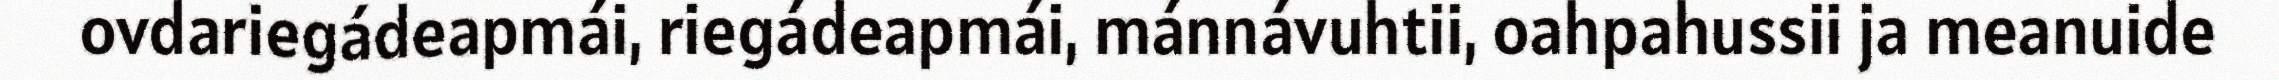
ovdariegádeapmái, riegádeapmái, mánnávuhtii, oahpahussii ja meanuide